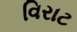
વિરાટ